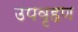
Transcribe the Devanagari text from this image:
उपवृहण